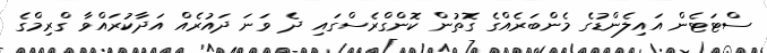
ސްޓަޓެން އައިލެންޑުގެ މެންބަރެއްގެ ގޮތުން ކޮންގްރެސްގައި ދެ ވަނަ ދައުރެއް އަދާކުރައްވާ ގްރިމްގެ